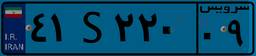
۹۴S۷۰۸۰۴